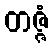
တဇ္ဇံ